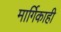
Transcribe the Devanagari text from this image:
मार्गिकाही